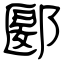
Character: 郾